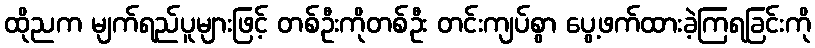
ထိုညက မျက်ရည်ပူများဖြင့် တစ်ဦးကိုတစ်ဦး တင်းကျပ်စွာ ပွေ့ဖက်ထားခဲ့ကြရခြင်းကို